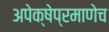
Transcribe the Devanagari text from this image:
अपेक्षेप्रमाणेच